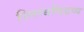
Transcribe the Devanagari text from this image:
स्निग्धविद्रव्य